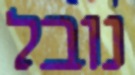
נובל